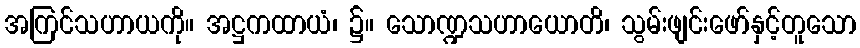
အကြင်သဟာယကို။ အဋ္ဌကထာယံ၊ ၌။ သောဏ္ဍသဟာယောတိ၊ သွမ်းဖျင်းဖော်နှင့်တူသော